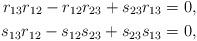
LaTeX: \begin{align*}r_{13}r_{12} - r_{12}r_{23} +s_{23}r_{13} = 0, \\s_{13}r_{12} - s_{12}s_{23} +s_{23}s_{13} = 0, \end{align*}